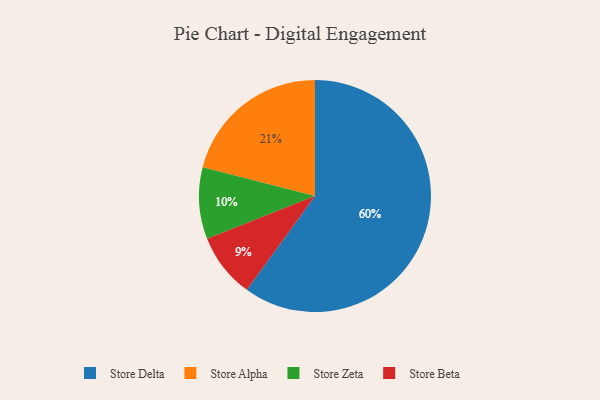
{"axis": {"x": "Category", "y": "Percentage"}, "legend": ["Store Alpha", "Store Beta", "Store Delta", "Store Zeta"], "data": [{"x": "Store Delta", "y": 60, "type": "Store Delta"}, {"x": "Store Zeta", "y": 10, "type": "Store Zeta"}, {"x": "Store Alpha", "y": 21, "type": "Store Alpha"}, {"x": "Store Beta", "y": 9, "type": "Store Beta"}]}